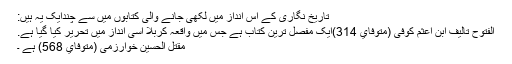
تاریخ نگاری کے اس انداز میں لکھی جانے والی کتابوں میں سے چندایک یہ ہیں:
الفتوح تالیف ابن اعثم كوفی (متوفاي 314)ایک مفصل ترین کتاب ہے جس میں واقعہ کربلا اسی انداز میں تحریر کیا گیا ہے.
مقتل الحسين خوارزمی (متوفاي 568) ہے ۔